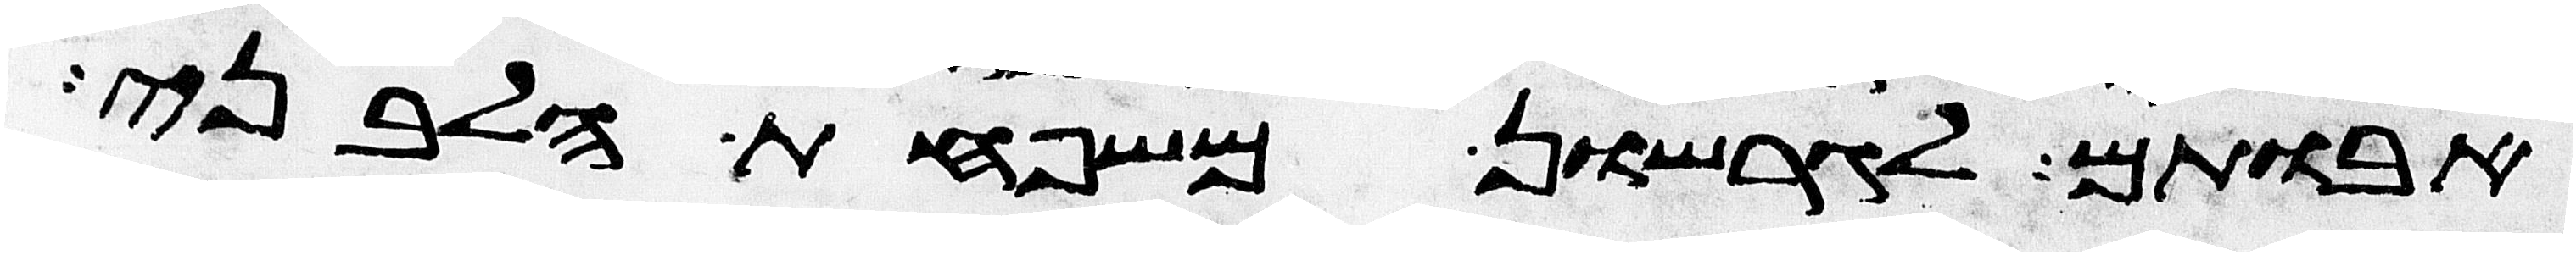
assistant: אבותם לגרשון משפחת הלבני